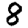
Digit: 8